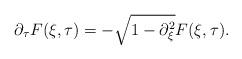
LaTeX: \begin{align*}\partial_{\tau}F(\xi,\tau) & = -\sqrt{1-\partial_{\xi}^{2}} F(\xi,\tau).\end{align*}